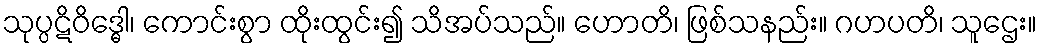
သုပ္ပဋိဝိဒ္ဓေါ၊ ကောင်းစွာ ထိုးထွင်း၍ သိအပ်သည်။ ဟောတိ၊ ဖြစ်သနည်း။ ဂဟပတိ၊ သူဌေး။